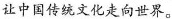
让中国传统文化走向世界。